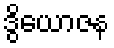
ဒွိယောဇန